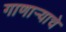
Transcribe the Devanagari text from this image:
गाणार्‍याचे